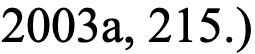
2003a, 215.)